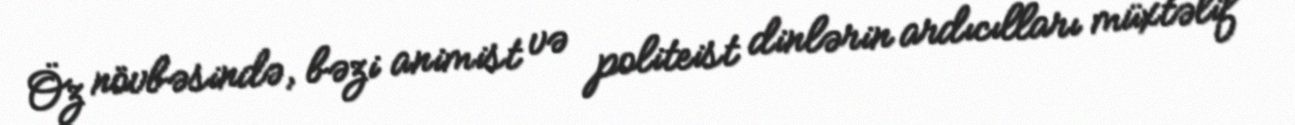
Öz növbəsində, bəzi animist və politeist dinlərin ardıcılları müxtəlif